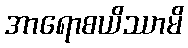
အာရောစယိဿာမိ